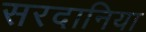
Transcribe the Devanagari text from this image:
सरदानिया